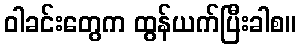
ဝါခင်းတွေက ထွန်ယက်ပြီးခါစ။